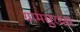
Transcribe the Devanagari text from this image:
ग्रामसुरक्षा